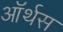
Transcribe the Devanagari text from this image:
ऑर्थस